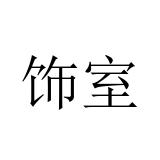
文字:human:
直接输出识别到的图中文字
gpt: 饰室